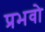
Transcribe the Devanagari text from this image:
प्रभवो